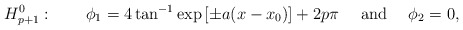
\begin{align*} H^0_{p+1}: \qquad \phi_1=4\tan^{-1}\exp\left[ \pm a (x-x_0) \right] +2p\pi \quad{\rm ~and~}\quad \phi_2=0,\end{align*}